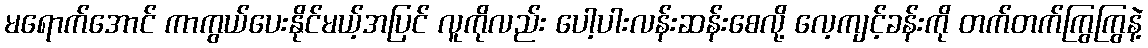
မရောက်အောင် ကာကွယ်ပေးနိုင်မယ့်အပြင် လူကိုလည်း ပေါ့ပါးလန်းဆန်းစေလို့ လေ့ကျင့်ခန်းကို တက်တက်ကြွကြွနဲ့